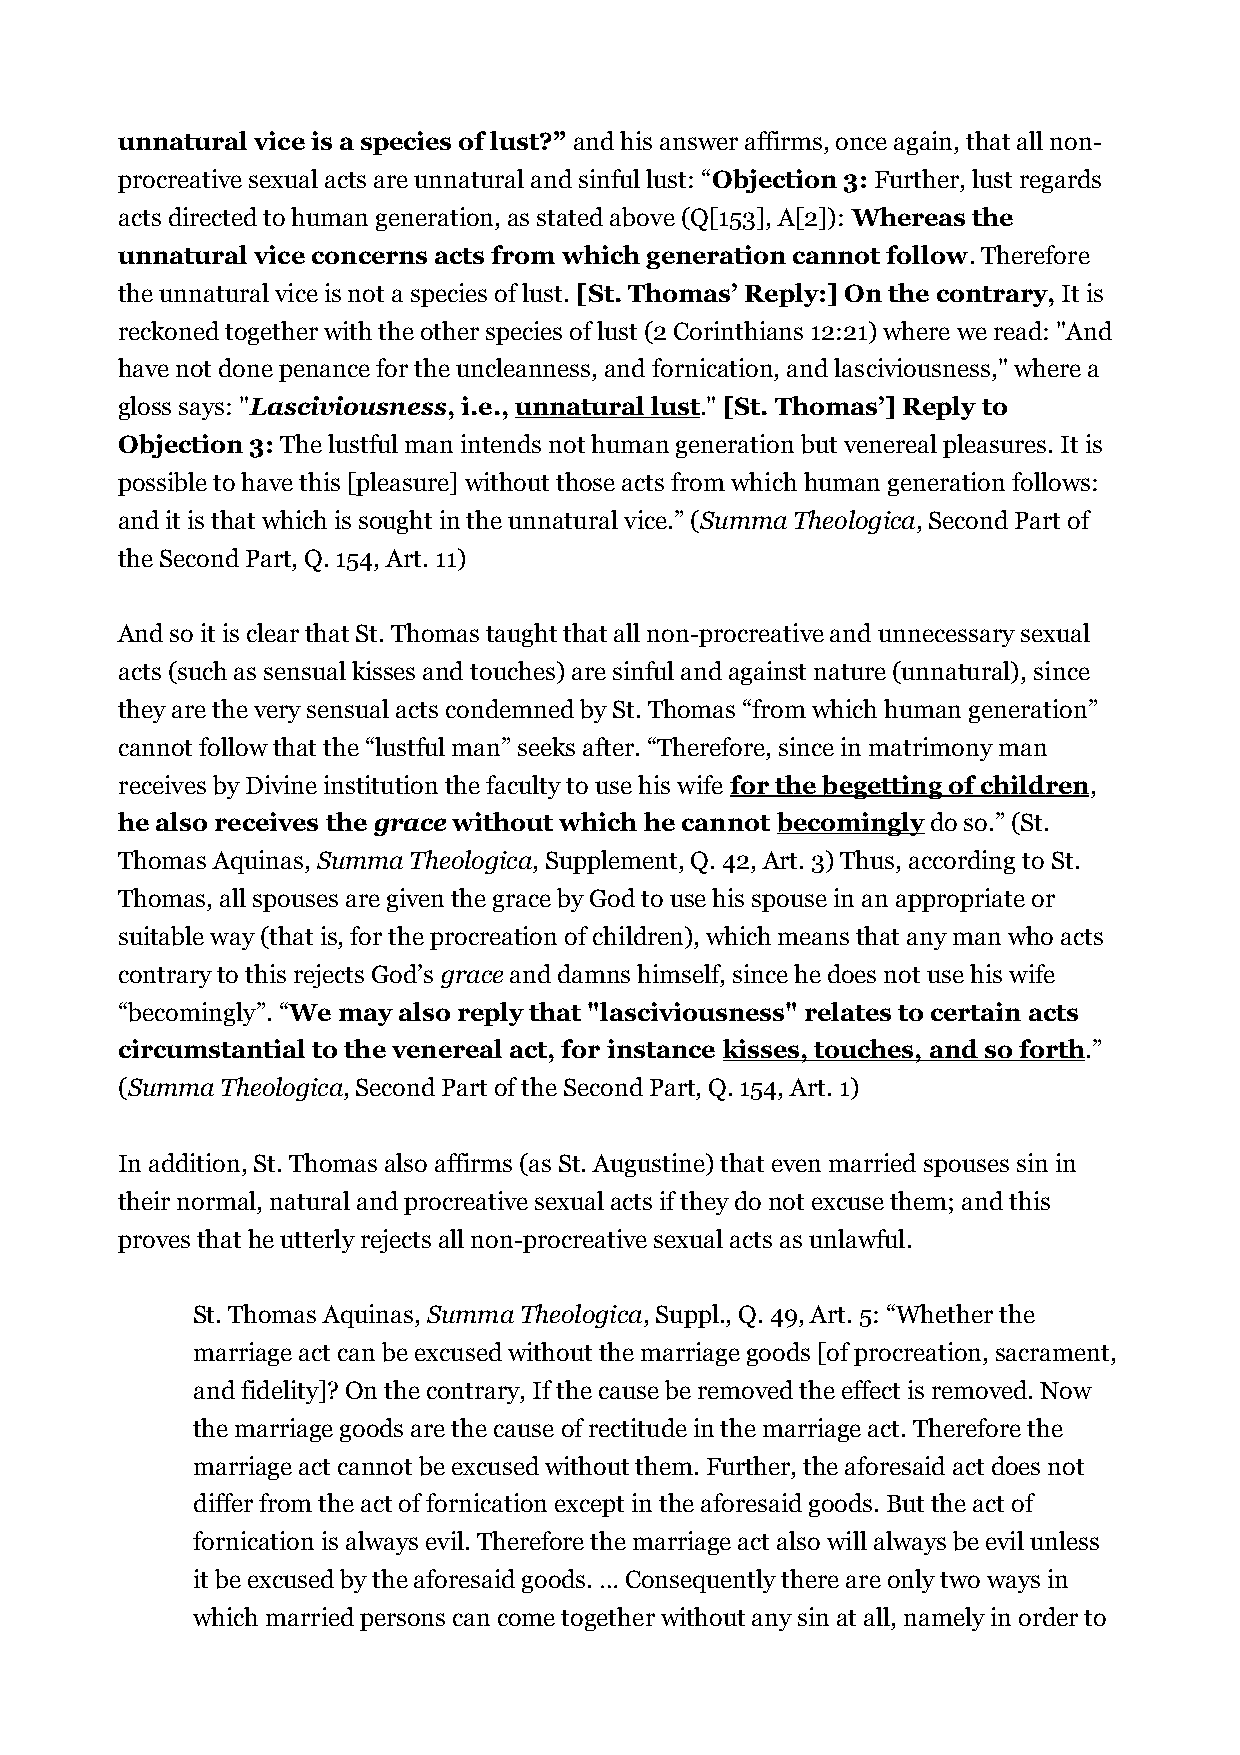
unnatural vice is a species of lust?” and his answer affirms, once again, that all non-
 procreative sexual acts are unnatural and sinful lust: “Objection 3: Further, lust regards
 acts directed to human generation, as stated above (Q[153], A[2]): Whereas the
 unnatural vice concerns acts from which generation cannot follow. Therefore
 the unnatural vice is not a species of lust. [St. Thomas’ Reply:] On the contrary, It is
 reckoned together with the other species of lust (2 Corinthians 12:21) where we read: "And
 have not done penance for the uncleanness, and fornication, and lasciviousness," where a
 gloss says: "Lasciviousness, i.e., unnatural lust." [St. Thomas’] Reply to
 Objection 3: The lustful man intends not human generation but venereal pleasures. It is
 possible to have this [pleasure] without those acts from which human generation follows:
 and it is that which is sought in the unnatural vice.” (Summa Theologica, Second Part of
 the Second Part, Q. 154, Art. 11)
 And so it is clear that St. Thomas taught that all non-procreative and unnecessary sexual
 acts (such as sensual kisses and touches) are sinful and against nature (unnatural), since
 they are the very sensual acts condemned by St. Thomas “from which human generation”
 cannot follow that the “lustful man” seeks after. “Therefore, since in matrimony man
 receives by Divine institution the faculty to use his wife for the begetting of children,
 he also receives the grace without which he cannot becomingly do so.” (St.
 Thomas Aquinas, Summa Theologica, Supplement, Q. 42, Art. 3) Thus, according to St.
 Thomas, all spouses are given the grace by God to use his spouse in an appropriate or
 suitable way (that is, for the procreation of children), which means that any man who acts
 contrary to this rejects God’s grace and damns himself, since he does not use his wife
 “becomingly”. “We may also reply that "lasciviousness" relates to certain acts
 circumstantial to the venereal act, for instance kisses, touches, and so forth.”
 (Summa Theologica, Second Part of the Second Part, Q. 154, Art. 1)
 In addition, St. Thomas also affirms (as St. Augustine) that even married spouses sin in
 their normal, natural and procreative sexual acts if they do not excuse them; and this
 proves that he utterly rejects all non-procreative sexual acts as unlawful.
 St. Thomas Aquinas, Summa Theologica, Suppl., Q. 49, Art. 5: “Whether the
 marriage act can be excused without the marriage goods [of procreation, sacrament,
 and fidelity]? On the contrary, If the cause be removed the effect is removed. Now
 the marriage goods are the cause of rectitude in the marriage act. Therefore the
 marriage act cannot be excused without them. Further, the aforesaid act does not
 differ from the act of fornication except in the aforesaid goods. But the act of
 fornication is always evil. Therefore the marriage act also will always be evil unless
 it be excused by the aforesaid goods. … Consequently there are only two ways in
 which married persons can come together without any sin at all, namely in order to